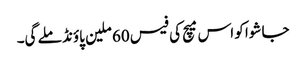
جا شوا کو اس میچ کی فیس 60 ملین پاؤنڈ ملے گی۔